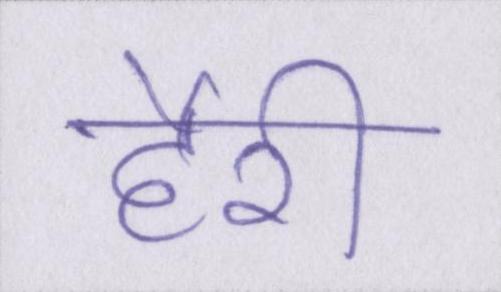
हैरी